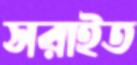
সরাইত